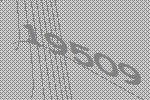
19509